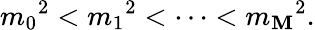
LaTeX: {m_{0}}^{2}<{m_{1}}^{2}<\cdots<{m_{\mathbf{M}}}^{2}.